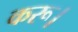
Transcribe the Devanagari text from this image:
करू।